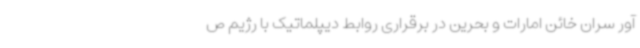
آور سران خائن امارات و بحرین در برقراری روابط دیپلماتیک با رژیم ص